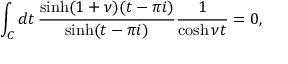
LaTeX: \int _ { C } d t \, \frac { \sinh ( 1 + \nu ) ( t - \pi i ) } { \sinh ( t - \pi i ) } \frac { 1 } { \cosh \nu t } = 0 ,